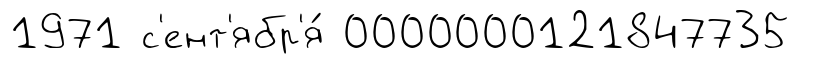
1971 с'ент'ябр'я́ 0000000121847735